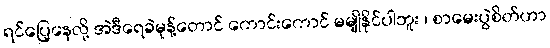
ရင်ပြေ့နေလို့ အဲဒီရေခဲမုန့်တောင် ကောင်းကောင် မမျိုနိုင်ပါဘူး ၊ စာမေးပွဲစိတ်ဟာ